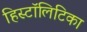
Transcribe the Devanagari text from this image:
हिस्टॉलिटिका